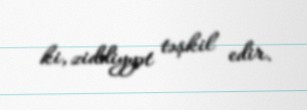
ki, ziddiyyət təşkil edir.